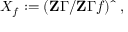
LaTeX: X _ { f } : = ( \mathbf { Z } \Gamma / \mathbf { Z } \Gamma f ) { \widehat { \ } } \ ,